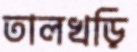
তালখড়ি